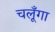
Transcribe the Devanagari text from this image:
चलूँगा